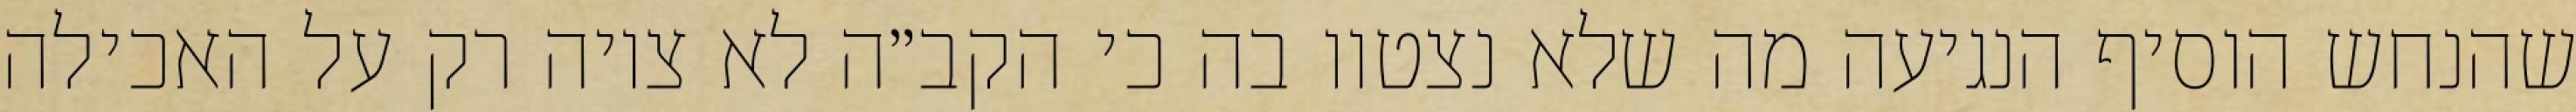
שהנחש הוסיף הנגיעה מה שלא נצטוו בה כי הקב״ה לא ציוה רק על האכילה